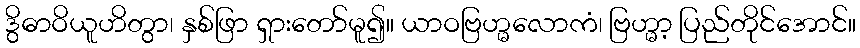
ဒွိဓာဝိယူဟိတွာ၊ နှစ်ဖြာ ရှားတော်မူ၍။ ယာဝဗြဟ္မလောကံ၊ ဗြဟ္မာ့ ပြည်တိုင်အောင်။